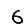
Digit: 6